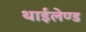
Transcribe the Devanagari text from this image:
थाईलेण्ड